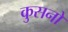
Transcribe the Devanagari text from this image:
कुसनो